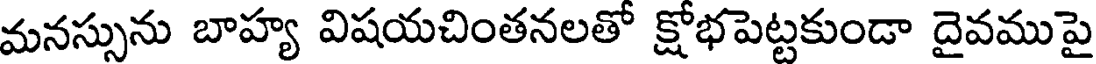
మనస్సును బాహ్య విషయచింతనలతో క్షోభపెట్టకుండా దైవముపై